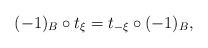
\begin{align*}(-1)_B \circ t_{\xi}=t_{-\xi}\circ (-1)_B,\end{align*}